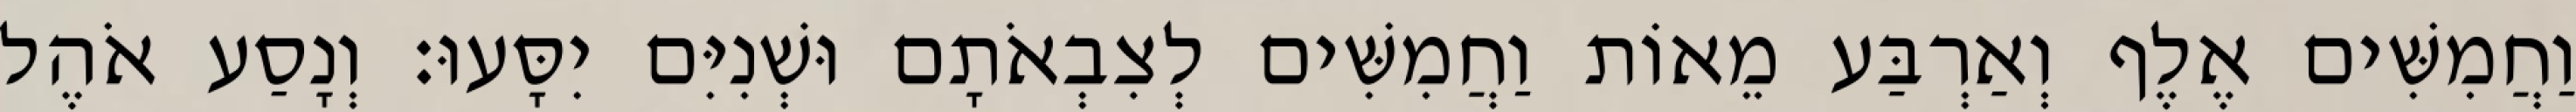
וַחֲמִשִּׁים אֶלֶף וְאַרְבַּע מֵאוֹת וַחֲמִשִּׁים לְצִבְאֹתָם וּשְׁנִיִּם יִסָּעוּ׃ וְנָסַע אֹהֶל